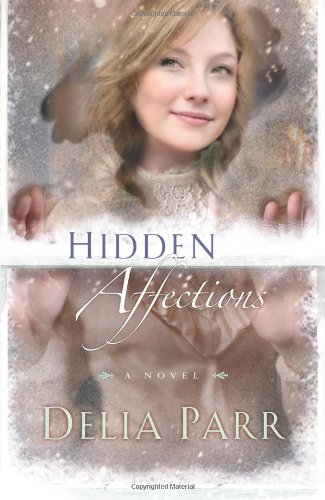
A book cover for Hidden Affections; Delia Parr; Literature & Fiction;